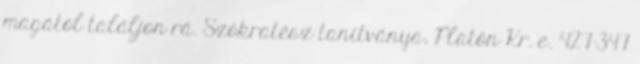
magától találjon rá. Szókratész tanítványa, Platón Kr. e. 427–347